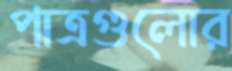
পাত্রগুলোর